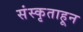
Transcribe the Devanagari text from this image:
संस्कृताहून